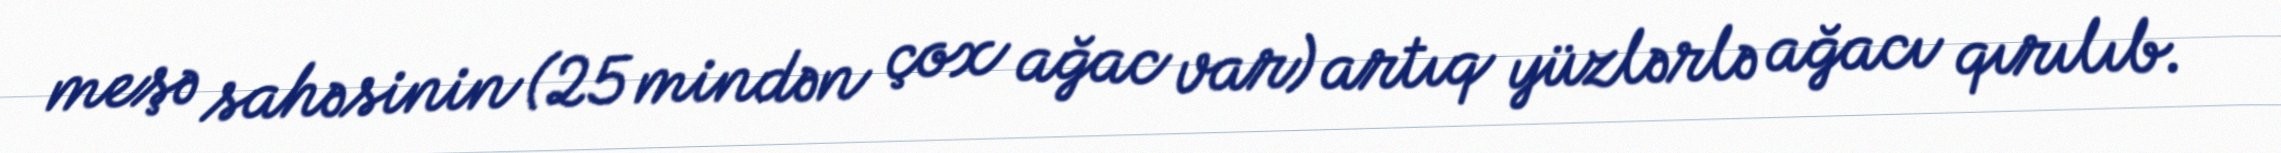
meşə sahəsinin (25 mindən çox ağac var) artıq yüzlərlə ağacı qırılıb.